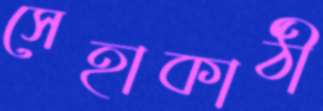
সেহাকাঠী